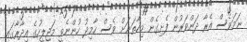
ނަމަވެސް އެރާ ދަންވަރުން ފެށިގެން މިހާތަނަށް ވެސް ހާމިދު ހުންނެވީ މަޖިލީހުގެ އިދާރާގައި